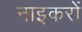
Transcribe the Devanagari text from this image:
नाइकरों